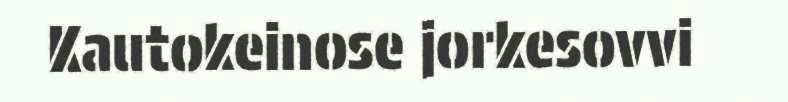
Kautokeinose jorkesovvi